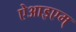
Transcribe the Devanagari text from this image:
ऐआइएम्